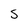
Character: S